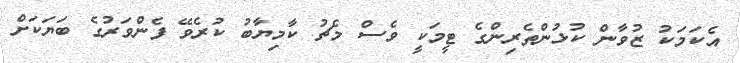
އެކަމަކު ޒުވާން ކުޅުންތެރިންގެ ޓީމަކީ ވެސް މެޗު ކާމިޔާބު ކުރެވޭ ފެންވަރުގެ ބަޔަކަށް